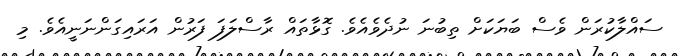
ސައްލާކުރަން ވެސް ބަޔަކަށް ތިބުނަ ނުދެވެއެވެ. ގޮޅާތައް ރާސްލަފަ ފަރުން އަރައިގަންނަނީއެވެ. މި